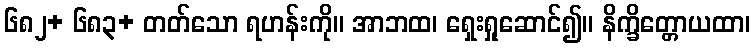
၆၈၂+ ၆၈၃+ တတ်သော ရဟန်းကို။ အာဘထ၊ ရှေးရှုဆောင်၍။ နိက္ခိတ္တောယထာ၊